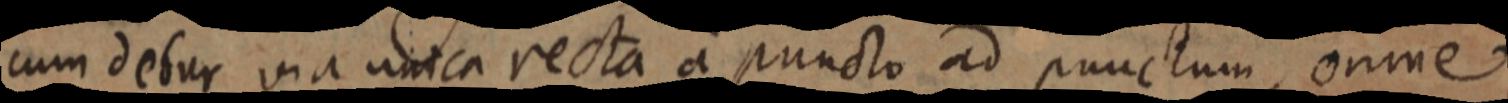
cum debur via unica recta a puncto ad punctum, omne